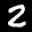
Label: 2